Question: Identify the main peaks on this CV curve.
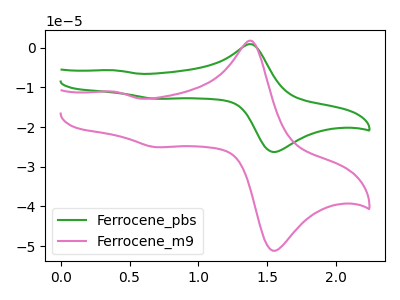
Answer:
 <answer>The green curve "Ferrocene_pbs" has anodic peaks at (1.40V, 0.85uA) (0.40V, -5.70uA) and cathodic peaks at (1.60V, -26.10uA) (0.70V, -12.85uA). The pink curve "Ferrocene_m9" has anodic peaks at (1.40V, 1.70uA) (0.40V, -11.10uA) and cathodic peaks at (1.60V, -50.80uA) (0.70V, -25.05uA).</answer>
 <eval></eval>